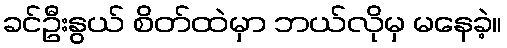
ခင်ဦးနွယ် စိတ်ထဲမှာ ဘယ်လိုမှ မနေခဲ့။